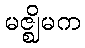
မဇ္ဈိမက